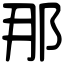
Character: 那